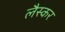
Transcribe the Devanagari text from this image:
लैस्कर